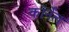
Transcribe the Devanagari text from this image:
कॉर्नेंल